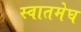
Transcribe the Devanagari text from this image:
स्वातमेघ